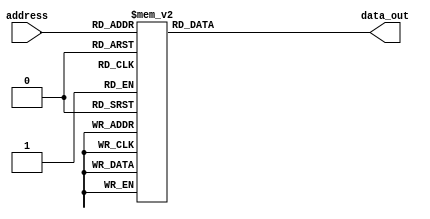
/*
This code is for 4*4 instruction_memory. convert it to 16*32 instruction_memory.
*/

module instruction_memory ( data_out , address) ;
output [31:0] data_out ;
reg [31:0] data_out ;

input [3:0] address ;
wire [3:0] address ;

//}} End of automatically maintained section
always@( address )
case(address)                
0:  data_out=32'h20010004;   
1:  data_out=32'h20020008;
2:  data_out=32'h00411820;
3:  data_out=32'h00622022;
4:  data_out=32'h0083282a;
5:  data_out=32'hac020004;
6:  data_out=32'h8c020004;
7:  data_out=32'h00000000;
8:  data_out=32'h00000000;
9:  data_out=32'h00000000;
10:  data_out=32'h00000000;
11:  data_out=32'h00000000;
12:  data_out=32'h00000000;
13:  data_out=32'h00000000;
14:  data_out=32'h00000000;
15:  data_out=32'h00000000;
endcase 
endmodule